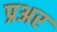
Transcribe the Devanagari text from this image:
प्रअर